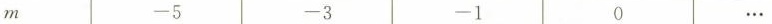
m -5 -3 -1 0 …